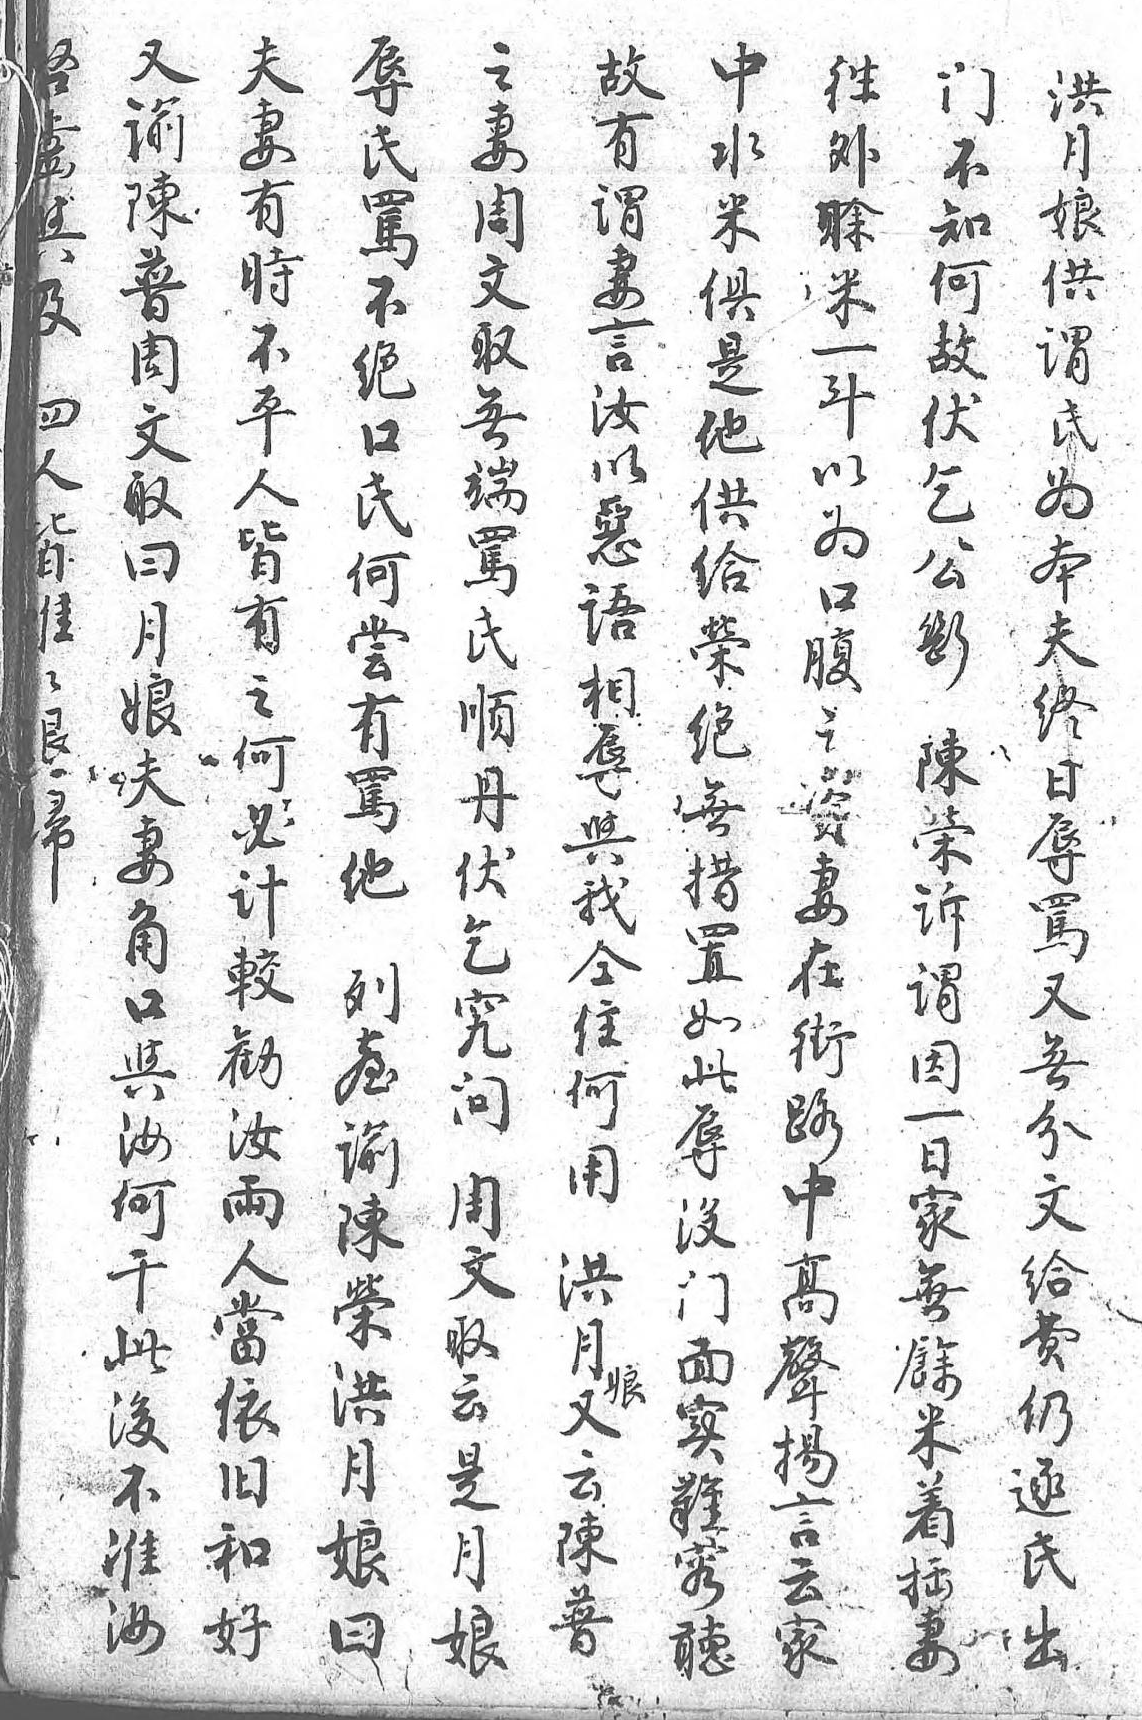
中又夫辱之啟故往洪門水諭妻氏妻齒有外月不米陳有罵周與謂賒娘知俱普時不文及妻米供何是周不絕取 言一謂故他文平又無四汝斗氏伏供取人氏端人以以爲乞給曰皆何駡皆惡為本公榮月有嘗氏唯語口夫斷絕娘之有順唯相腹終 無夫何駡丹退辱之日陳措妻必他伏歸與資辱榮置角計 乞 我妻駡訴如口較列究 同在又謂此與勸臺問 住街無因辱汝汝諭  何路分一没何兩陳周 用中文日門干人榮文  高給家面此當洪取 洪聲費無實後依月云 月揚仍餘難不舊娘是 娘言逐米容準和曰月 又云氏着聽汝好 娘 云家出拙      陳  妻      普